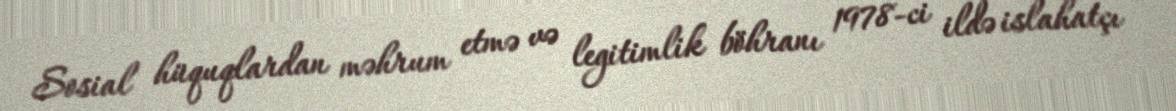
Sosial hüquqlardan məhrum etmə və legitimlik böhranı 1978-ci ildə islahatçı